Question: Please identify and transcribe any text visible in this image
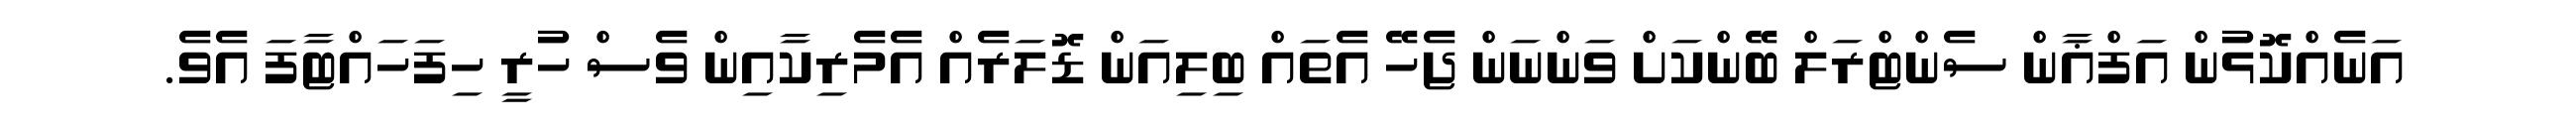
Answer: އަނެއްކޮޅުން އަފްޣާން ސެންޓްރަލް ބޭންކަށް ވަންނަން ޖެހޭ އެތައް ބިލިއަން ޑޮލަރެއް އެމެރިކާއިން ވެސް ހުރީ ހިފަހައްޓާފަ އެވެ.